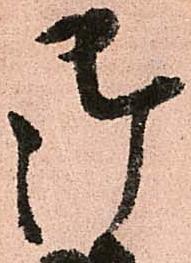
御